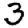
Digit: 3